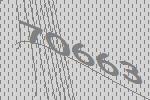
70663